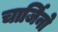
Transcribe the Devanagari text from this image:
चार्जिनो